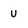
Character: U